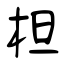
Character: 柦